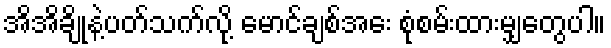
အိအိချိုနဲ့ပတ်သက်လို့ မောင်ချစ်အေး စုံစမ်းထားမျှတွေပါ။